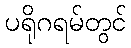
ပရိုဂရမ်တွင်